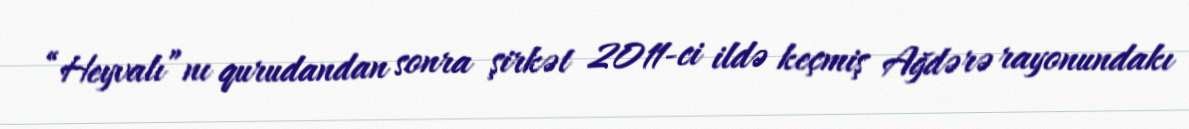
“Heyvalı”nı qurudandan sonra şirkət 2011-ci ildə keçmiş Ağdərə rayonundakı